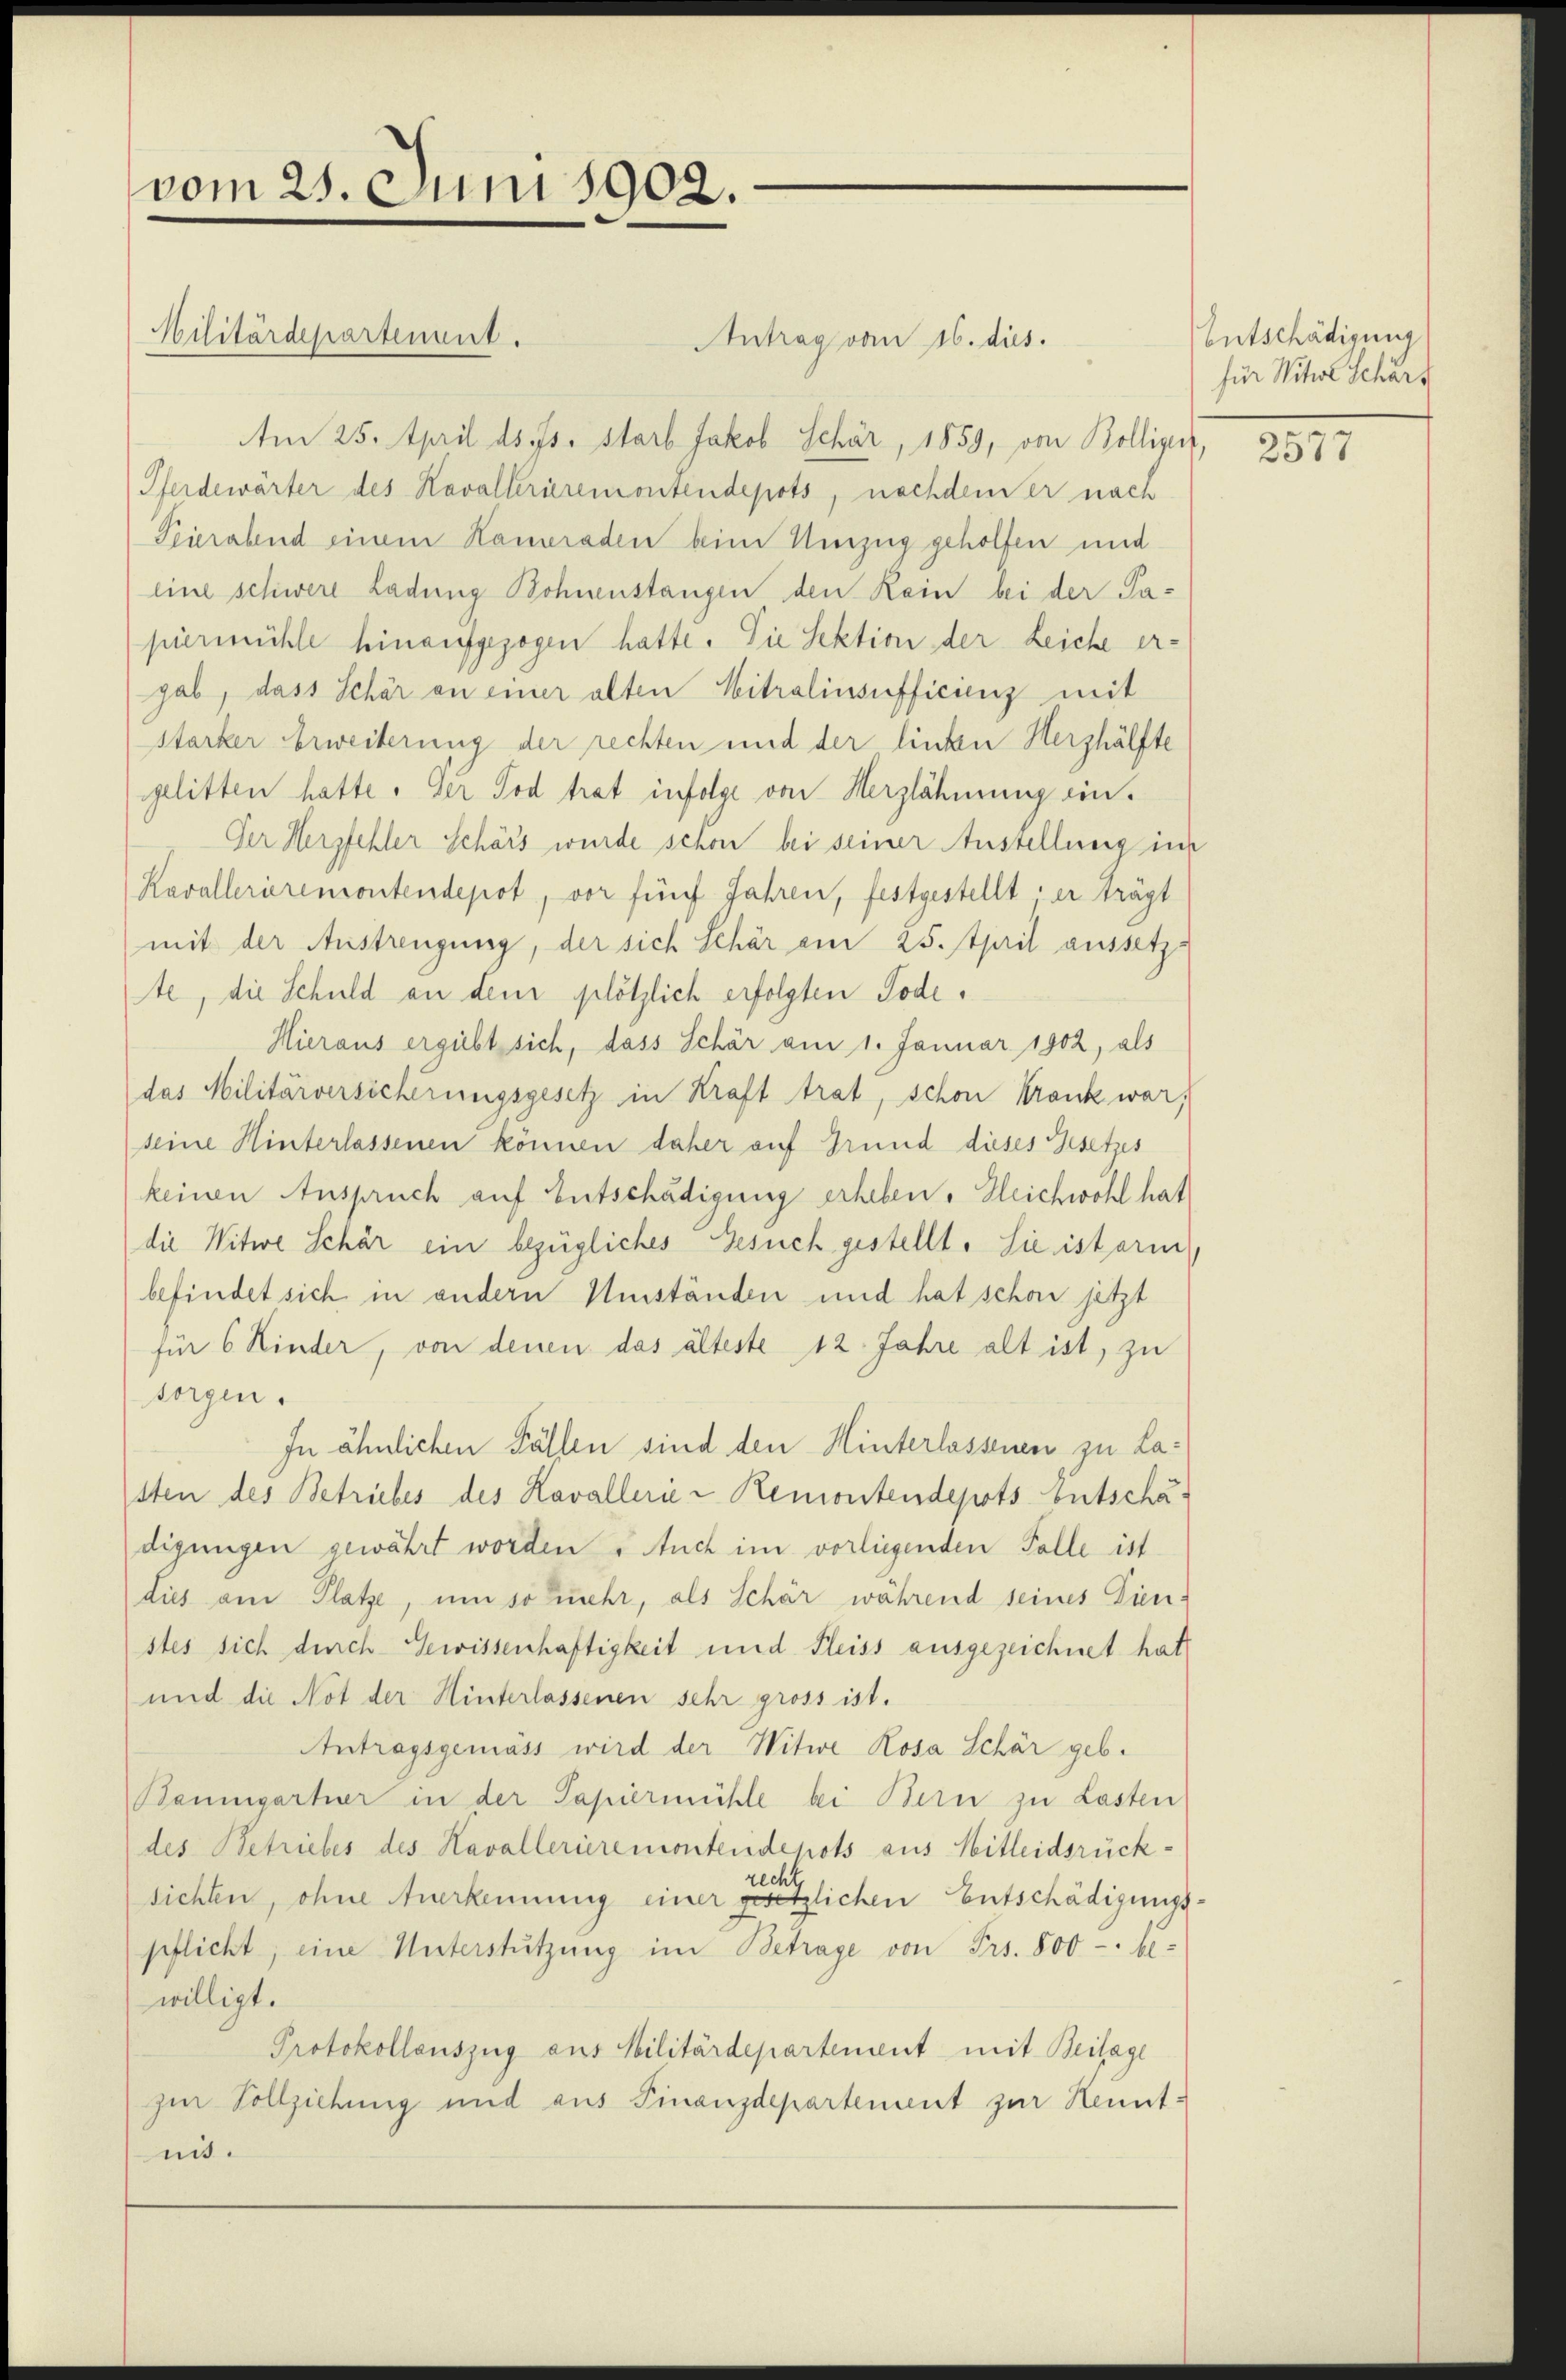
vom 25. Juni 1902.
Militärdepartement.

Antrag vom 16. dus.
Am 25. April ds. Js. starb Jakob Schär, 1859, von Bolliget,
Pferdewärter des Kavallerieremontendepots, nachdem er nach
Pierabend einem Kameraden beim Umzug geholfen und
eine schwere Ladung Bohnenstangen den Kein bei der Papiermühle hinaufgezogen hatte. Die Sektion der Leiche ergab, dass Schär an einer alten Mitralinsufficienz mit
starker Erweiterung der rechten und der linken Hershälfte
gelitten hatte. Der Tod trat infolge von Herzlähmung ein¬
Der Herzfehler Schärs wurde schon bei seiner Anstellung in
Kavallerieremontendepot, vor fünf Jahren, festgestellt er trägt
mit der Austrengung, der sich Schär ein 25. April aussetz-
te, die Schuld an dem plötzlich erfolgten Tode.
Hieraus ergiebt sich, dass Schär am 1. Januar 1902, als
das Militärversicherungsgesetz in Kraft trat, schon Krank war,
seine Hinterlassenen können daher auf Grund dieses Gesetzes
keinen Anspruch auf Entschädigung erheben. Gleichwohl hat
die Witwe Schär ein bezügliches Gesuch gestellt. Sie ist arm
befindet sich in andern Umständen und hat schon jetzt
für 6 Kinder, von denen das älteste 12. Jahre alt ist, zu
sorgen.
In ähnlichen Fällen sind den Hinterlassen zu Lasten des Betriebes des Kavallerie u Remontendepots Entschädigungen gewährt worden u. Auch im vorliegenden Falle ist
dies am Platze, um so mehr, als Schär während seines Dienstes sich durch Gewissenhaftigkeit und Fleiss ausgezeichnet hat
und die Not der Hinterlassenen sehr gross ist.
Antragsgemäss wird der Witwe Rosa Schär geb.
Baumgartner in der Papiermühle bei Bern zu Lasten
des Betriebes des Kavallerieremontendepots aus Hitleidsrückrecht
sichten, ohne Anerkennung einer gesetzlichen Entschädigungspflicht, eine Unterstützung im Betrage von Frs. 800 - be-
willigt.
Protokollauszug aus Militärdepartement mit Beilage
zur Vollziehung und aus Finanzdepartement zur Kenntni.

Entschädigung
für Witwe Schart

257.